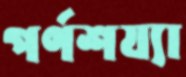
পর্ণশয্যা